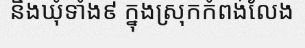
និងឃុំទាំង៩ ក្នុងស្រុកកំពង់លែង